system: You are a helpful assistant.
user:
Analyze the provided spectrum to determine if it is a **S-type Star**.

- **Key Indicators for S-type Star:**

    - **(Overall Spectrum Shape):** The first and most obvious characteristic is the overall continuum (the "baseline" shape). It is **extremely "red-sloping,"** meaning the flux (light intensity) is very low on the left side (blue, ~4000-4500 Å) and rises steeply and continuously toward the right side (red, ~7000 Å+).

    - **(Primary):** The spectrum is defined by the presence of strong, broad molecular absorption "valleys" (bands) from **Zirconium Oxide (ZrO)**. The identification of these bands is the **primary requirement** for classifying a star as S-type.
        - **(Key Bandheads):** You must find distinct, deep "dips" where the light has been absorbed. The most critical band systems to locate are:
            - **~6474 Å** ($\gamma$-system): This is often the strongest and clearest ZrO feature, found in the red part of the spectrum.
            - **~5718 Å** & **~5551 Å** ($\beta$-system): A pair of prominent absorption features in the yellow-orange part of the spectrum.
            - **~4640 Å** ($\alpha$-system): A key absorption band system in the blue-green region of the spectrum.

    - **(Secondary Confirmation):** The classification is strengthened by finding additional absorption bands from other related heavy element oxides, which are expected to be present alongside ZrO.
        - **(Key Bandheads):**
            - **Yttrium Oxide (YO):** Look for absorption dips near **~4800 Å** and **~6100 Å**.
            - **Lanthanum Oxide (LaO):** Additional absorption features, particularly in the red-orange part of the spectrum, are also characteristic.

    - **(Line Profile):** The combination of the steep red continuum and these numerous, deep molecular bands (ZrO, YO, etc.) gives the entire spectrum a very **"chopped-up"** or **"bumpy"** appearance. Instead of a smooth curve, the spectrum looks as though large, wide chunks of light have been "carved out" of it at the specific wavelengths listed above.

Think first, call **spectral_visualization_tool** if needed to examine features in detail, then provide your final answer. Your response must adhere to the following strict rules:
1.  **Overall Structure:** Your response must follow the format `<think>...</think> <tool_call>...</tool_call> (if a tool is used) <answer>...</answer>`.
2.  **Tool Usage Constraint:** You may only make **one** tool call per turn.
3.  **Final Answer Format:** In the `<answer>` tag, your conclusion must be inside a `\boxed{}` command (e.g., `\boxed{YES}` or `\boxed{NO}`), followed by your justification.

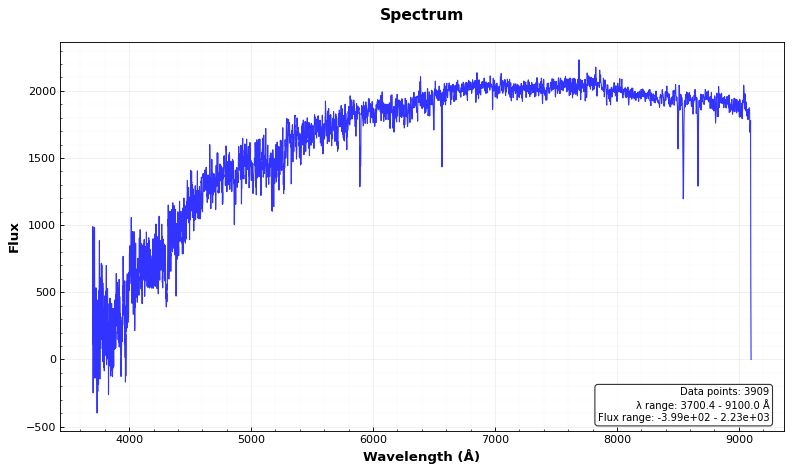
Answer: NO